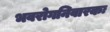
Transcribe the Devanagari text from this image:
भवरोगनिवारकः